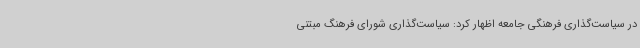
در سیاست‌گذاری فرهنگی جامعه اظهار کرد: سیاست‌گذاری شورای فرهنگ مبتنی